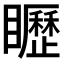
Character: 𥌮